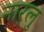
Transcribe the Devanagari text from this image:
नार्‍लु